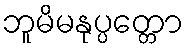
ဘူမိမနုပ္ပတ္တော